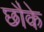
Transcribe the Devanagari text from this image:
छौके